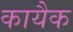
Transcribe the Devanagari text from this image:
कायैक